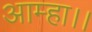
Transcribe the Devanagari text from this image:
आम्हा।।